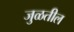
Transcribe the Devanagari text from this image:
जुळतील